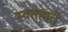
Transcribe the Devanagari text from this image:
स्वतहाचे